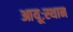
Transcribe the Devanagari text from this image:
आयूःस्थान